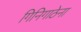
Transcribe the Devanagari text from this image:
गिनिगाठेना